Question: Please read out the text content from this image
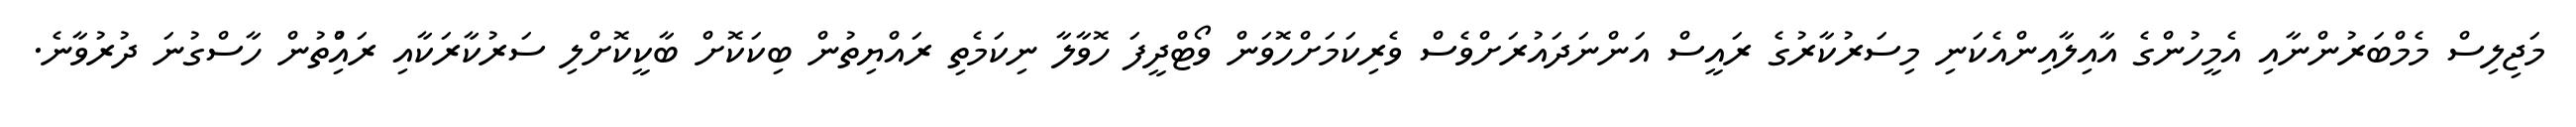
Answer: މަޖިލިސް މެމްބަރުންނާއި އެމީހުންގެ އާއިލާއިންއެކަނި މިސަރުކާރުގެ ރައީސް އަންނަދައުރަށްވެސް ވެރިކަމަށްހޮވަން ވޯޓްދީފަ ހޮވާލާ ނިކަމެތި ރައްޔިތުން ބިކަކޮށް ބާކީކޮށްލި ސަރުކާރަކާއި ރައްުިތުން ހާސްގުނަ ދުރުވާނެ.